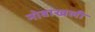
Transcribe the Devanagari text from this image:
नोवाखली